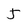
Character: J